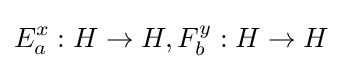
E_{a}^{x}:H\to H,F_{b}^{y}:H\to H